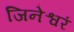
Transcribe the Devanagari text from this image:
जिनेश्वरं